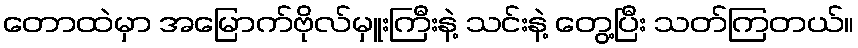
တောထဲမှာ အမြောက်ဗိုလ်မှူးကြီးနဲ့ သင်းနဲ့ တွေ့ပြီး သတ်ကြတယ်။